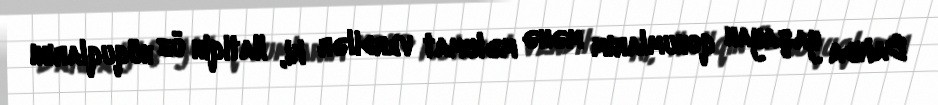
Bakıda yaşayan qohumlarım mənə məlumat verdilər ki, Natiqin öz hüquqlarını